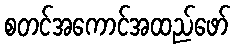
စတင်အကောင်အထည်ဖော်